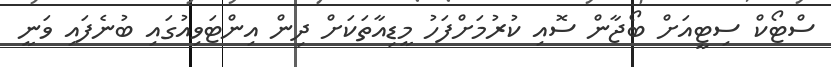
ސްޓޯކް ސިޓީއަށް ބޯޖާން ސޮއި ކުރުމަށްފަހު މީޑިއާތަކަށް ދިން އިންޓަވިއުގައި ބުނެފައި ވަނީ